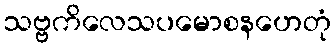
သဗ္ဗကိလေသပမောစနဟေတုံ